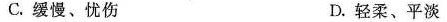
C. 缓慢、忧伤 D. 轻柔、平淡